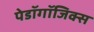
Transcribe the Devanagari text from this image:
पेडॉगॉजिक्स